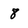
Character: 8